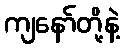
ကျနော်တို့နဲ့